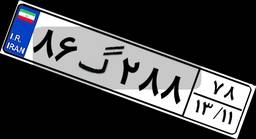
۲۳گ۷۳۲۲۷